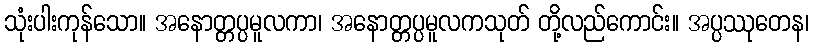
သုံးပါးကုန်သော။ အနောတ္တပ္ပမူလကာ၊ အနောတ္တပ္ပမူလကသုတ် တို့လည်ကောင်း။ အပ္ပဿုတေန၊